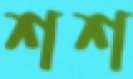
শশ